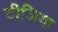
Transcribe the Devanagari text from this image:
टीलिया